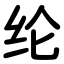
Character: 纶